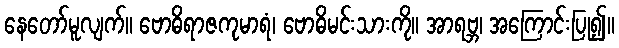
နေတော်မူလျက်။ ဗောဓိရာဇကုမာရံ၊ ဗောဓိမင်းသားကို။ အာရဗ္ဘ၊ အကြောင်းပြု၍။